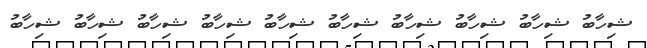
ޝިހާބު ޝިހާބު ޝިހާބު ޝިހާބު ޝިހާބު ޝިހާބު ޝިހާބު ޝިހާބު ޝިހާބު ޝިހާބު